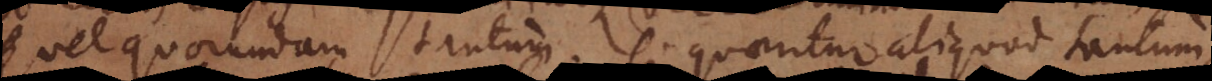
vel quorundam tantum. Si quaeritur aliquod tantum,